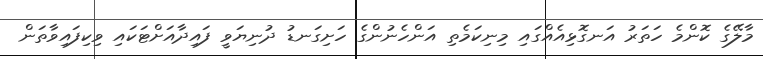
މާލޭގެ ކޮންމެ ހަތަރު އަނގޮޅިއެއްގައި މިނިކަމެތި އަންހެނުންގެ ހަށިގަނޑު ދުނިޔަވީ ފައިދާއަށްޓަކައި ވިކިފައިވާތަން